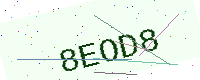
Text: 8EOD8